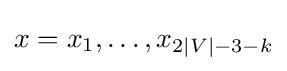
x=x_{1},\dots ,x_{2|V|-3-k}